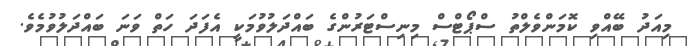
މިއަދު ބޭއްވި ކޮމަންވެލްތު ސްޕޯޓްސް މިނިސްޓަރުންގެ ބައްދަލުވުމަކީ އެފަދަ ހަތް ވަނަ ބައްދަލުވުމެވެ.